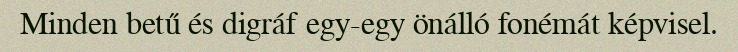
Minden betű és digráf egy-egy önálló fonémát képvisel.